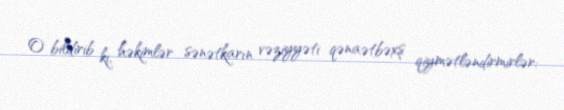
O bildirib ki, həkimlər sənətkarın vəziyyəti qənaətbəxş qiymətləndirmirlər: